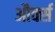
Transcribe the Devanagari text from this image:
और्क्स